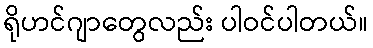
ရိုဟင်ဂျာတွေလည်း ပါဝင်ပါတယ်။